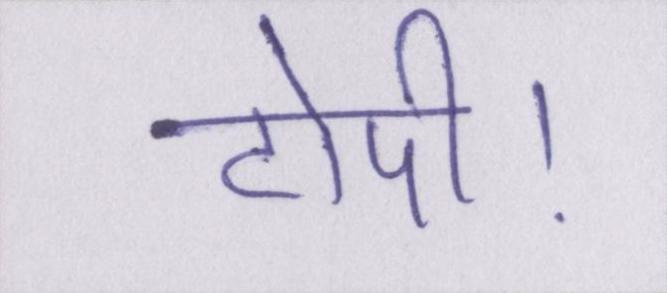
टोपी।